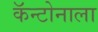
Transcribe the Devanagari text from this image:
कॅन्टोनाला